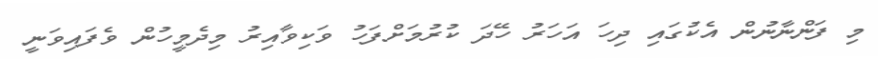
މި ފަންނާނުން އެކުގައި ދިހަ އަހަރު ހޭދަ ކުރުމަށްފަހު ވަކިވާއިރު މިދެމީހުން ވެފައިވަނީ